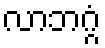
လာဘဂ္ဂံ